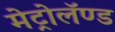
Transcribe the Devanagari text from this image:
मेट्रोलॅण्ड